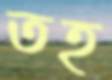
তহ